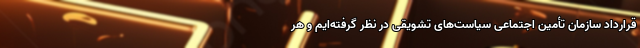
قرارداد سازمان تأمین اجتماعی سیاست‌های تشویقی در نظر گرفته‌ایم و هر